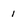
Character: 1